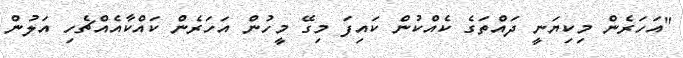
"އަހަރެން މިކިޔަނީ ދައްތަގެ ކެއްކުން ކައިފަ މިގޭ މީހުން އަހަރެން ކައްކާއެއްޗެހި އަލުން